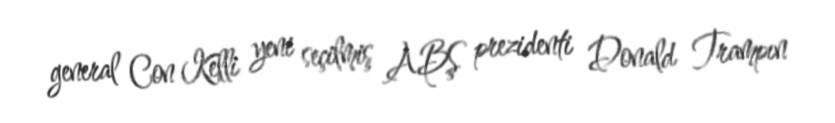
general Con Kelli yeni seçilmiş ABŞ prezidenti Donald Trampın